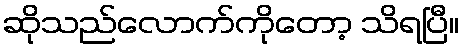
ဆိုသည်လောက်ကိုတော့ သိရပြီ။